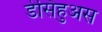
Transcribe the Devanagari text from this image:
डेसिहुअस